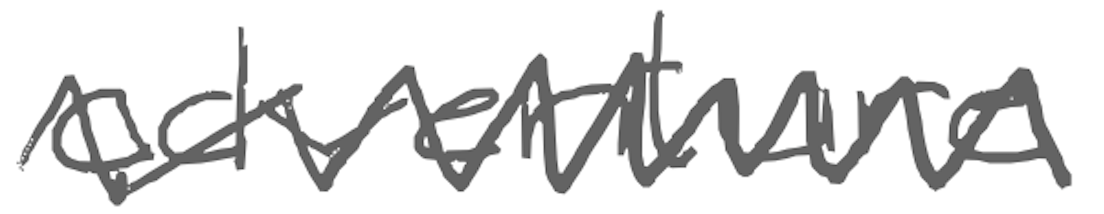
Text: adventure
Cross-out: zig-zag
Writing tool: digital_gray